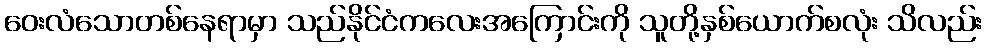
ဝေးလံသောတစ်နေရာမှာ သည်နိုင်ငံကလေးအကြောင်းကို သူတို့နှစ်ယောက်စလုံး သိလည်း